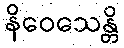
နိဝေသေန္တိ